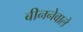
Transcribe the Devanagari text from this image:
बीननेवाले